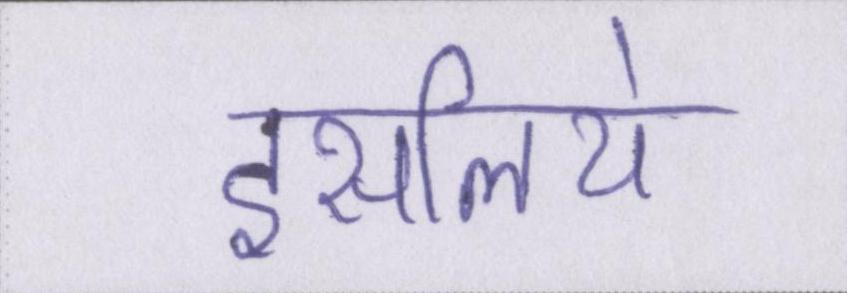
इसलिये